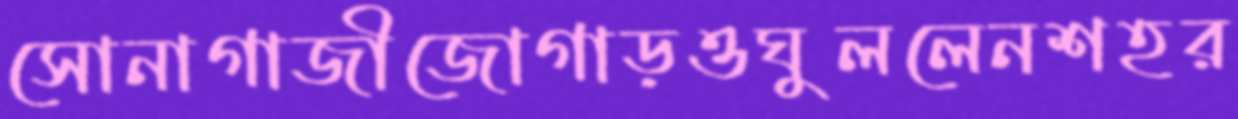
সোনাগাজীজোগাড়ওঘুললেনশহর